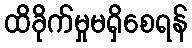
ထိခိုက်မှုမရှိစေရန်